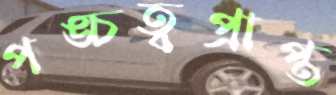
পঙ্চত্বপ্রাপ্ত